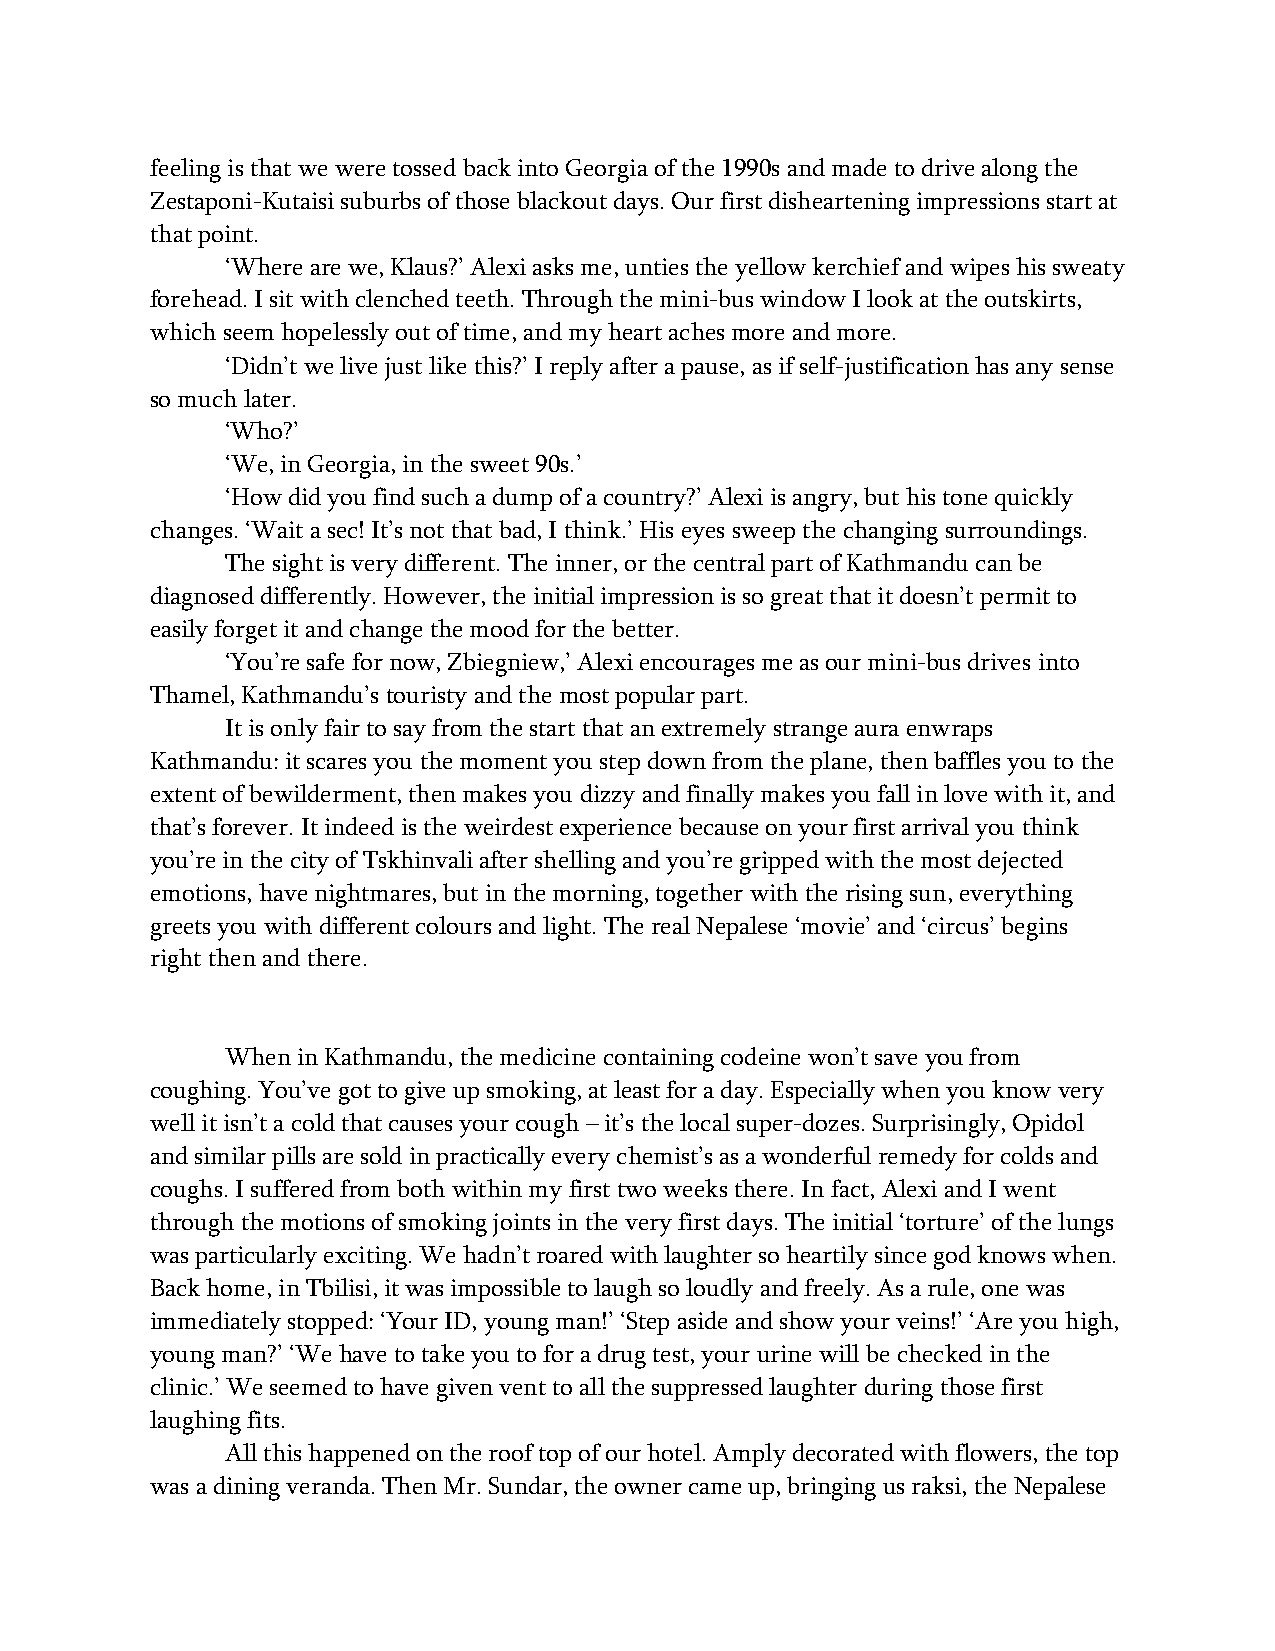
feeling is that we were tossed back into Georgia of the 1990s and made to drive along the
 Zestaponi-Kutaisi suburbs of those blackout days. Our first disheartening impressions start at
 that point.
 ‘Where are we, Klaus?’ Alexi asks me, unties the yellow kerchief and wipes his sweaty
 forehead. I sit with clenched teeth. Through the mini-bus window I look at the outskirts,
 which seem hopelessly out of time, and my heart aches more and more.
 ‘Didn’t we live just like this?’ I reply after a pause, as if self-justification has any sense
 so much later.
 ‘Who?’
 ‘We, in Georgia, in the sweet 90s.’
 ‘How did you find such a dump of a country?’ Alexi is angry, but his tone quickly
 changes. ‘Wait a sec! It’s not that bad, I think.’ His eyes sweep the changing surroundings.
 The sight is very different. The inner, or the central part of Kathmandu can be
 diagnosed differently. However, the initial impression is so great that it doesn’t permit to
 easily forget it and change the mood for the better.
 ‘You’re safe for now, Zbiegniew,’ Alexi encourages me as our mini-bus drives into
 Thamel, Kathmandu’s touristy and the most popular part.
 It is only fair to say from the start that an extremely strange aura enwraps
 Kathmandu: it scares you the moment you step down from the plane, then baffles you to the
 extent of bewilderment, then makes you dizzy and finally makes you fall in love with it, and
 that’s forever. It indeed is the weirdest experience because on your first arrival you think
 you’re in the city of Tskhinvali after shelling and you’re gripped with the most dejected
 emotions, have nightmares, but in the morning, together with the rising sun, everything
 greets you with different colours and light. The real Nepalese ‘movie’ and ‘circus’ begins
 right then and there.
 When in Kathmandu, the medicine containing codeine won’t save you from
 coughing. You’ve got to give up smoking, at least for a day. Especially when you know very
 well it isn’t a cold that causes your cough – it’s the local super-dozes. Surprisingly, Opidol
 and similar pills are sold in practically every chemist’s as a wonderful remedy for colds and
 coughs. I suffered from both within my first two weeks there. In fact, Alexi and I went
 through the motions of smoking joints in the very first days. The initial ‘torture’ of the lungs
 was particularly exciting. We hadn’t roared with laughter so heartily since god knows when.
 Back home, in Tbilisi, it was impossible to laugh so loudly and freely. As a rule, one was
 immediately stopped: ‘Your ID, young man!’ ‘Step aside and show your veins!’ ‘Are you high,
 young man?’ ‘We have to take you to for a drug test, your urine will be checked in the
 clinic.’ We seemed to have given vent to all the suppressed laughter during those first
 laughing fits.
 All this happened on the roof top of our hotel. Amply decorated with flowers, the top
 was a dining veranda. Then Mr. Sundar, the owner came up, bringing us raksi, the Nepalese